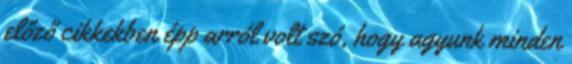
előző cikkekben épp arról volt szó, hogy agyunk minden